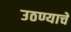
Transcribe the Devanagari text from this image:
उठण्याचे